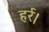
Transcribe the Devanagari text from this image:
हर्र।